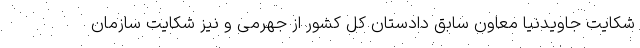
شکایت جاویدنیا معاون سابق دادستان کل کشور از جهرمی و نیز شکایت سازمان